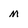
Character: m